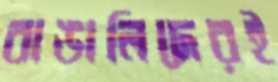
বাঙালিদেরই